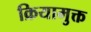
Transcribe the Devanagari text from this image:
क्रियामुक्त